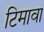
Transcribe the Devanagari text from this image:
टिमावा